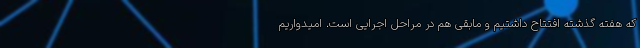
که هفته گذشته افتتاح داشتیم و مابقی هم در مراحل اجرایی است. امیدواریم